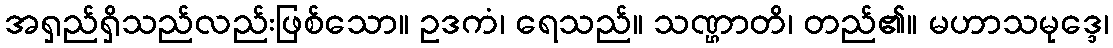
အရှည်ရှိသည်လည်းဖြစ်သော။ ဥဒကံ၊ ရေသည်။ သဏ္ဌာတိ၊ တည်၏။ မဟာသမုဒ္ဒေ၊